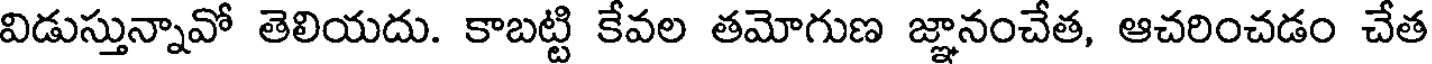
విడుస్తున్నావో తెలియదు. కాబట్టి కేవల తమోగుణ జ్ఞానంచేత, ఆచరించడం చేత